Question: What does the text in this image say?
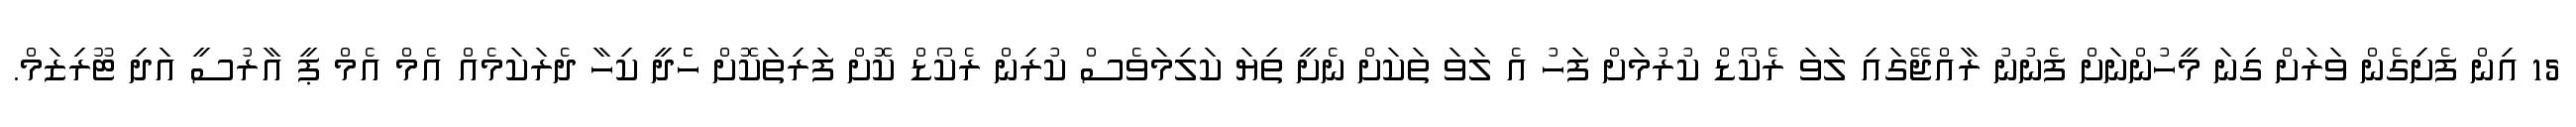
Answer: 15 އިން ފެށިގެން ވަރަށް ގިނަ މީހުންނަށް ފެނުނު ރާއްޖޭގައި ލަވަ ރެކޯޑް ކުރުމަށް ފަހު އެ ލަވަ ތަކަށް ނެށީ ތިޔަ ކަލިމަވެސް ކުރިން ރެކޯޑް ކޮށް ފަރިތަކޮށް ހެެދީ ކިހާ ދެރަކަމެއް އެމް އެމް ޕީ އާރުސީ އަދި ޓޫރިޒަމް.